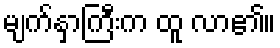
မျက်နှာကြီးက ထူ လာ၏။